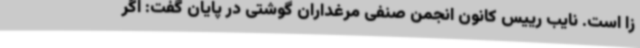
زا است. نایب رییس کانون انجمن صنفی مرغداران گوشتی در پایان گفت: اگر